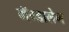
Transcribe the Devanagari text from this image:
मॅग्डालेन